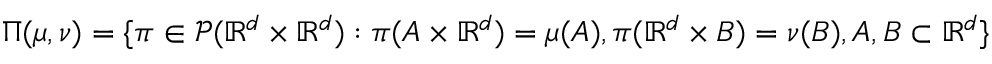
\Pi ( \mu , \nu ) = \{ \pi \in \mathcal { P } ( \mathbb { R } ^ { d } \times \mathbb { R } ^ { d } ) : \pi ( A \times \mathbb { R } ^ { d } ) = \mu ( A ) , \pi ( \mathbb { R } ^ { d } \times B ) = \nu ( B ) , A , B \subset \mathbb { R } ^ { d } \}